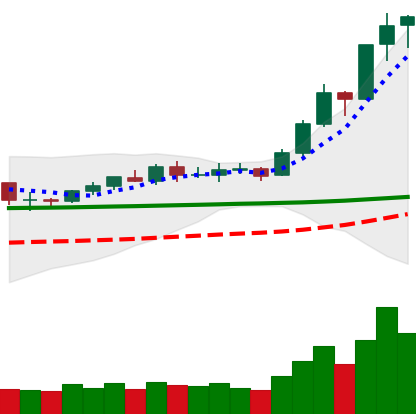
Ticker: BNB-USD
Chart end date: 2020-02-11
Forward return: -8.468%
Label: down_7plus